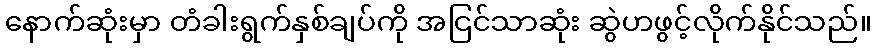
နောက်ဆုံးမှာ တံခါးရွက်နှစ်ချပ်ကို အငြင်သာဆုံး ဆွဲဟဖွင့်လိုက်နိုင်သည်။